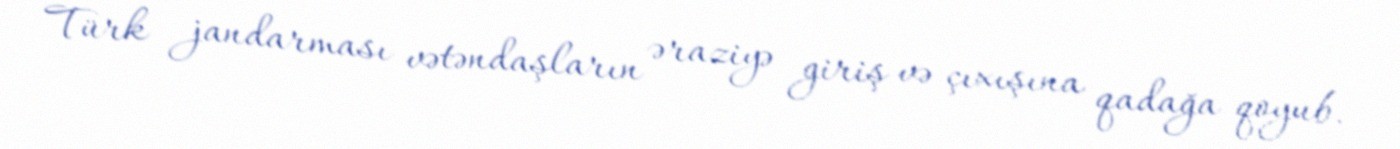
Türk jandarması vətəndaşların əraziyə giriş və çıxışına qadağa qoyub.